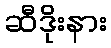
ဆီဒိုးနား